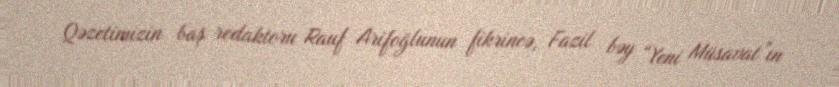
Qəzetimizin baş redaktoru Rauf Arifoğlunun fikrincə, Fazil bəy “Yeni Müsavat”ın